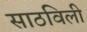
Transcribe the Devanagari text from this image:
साठविली